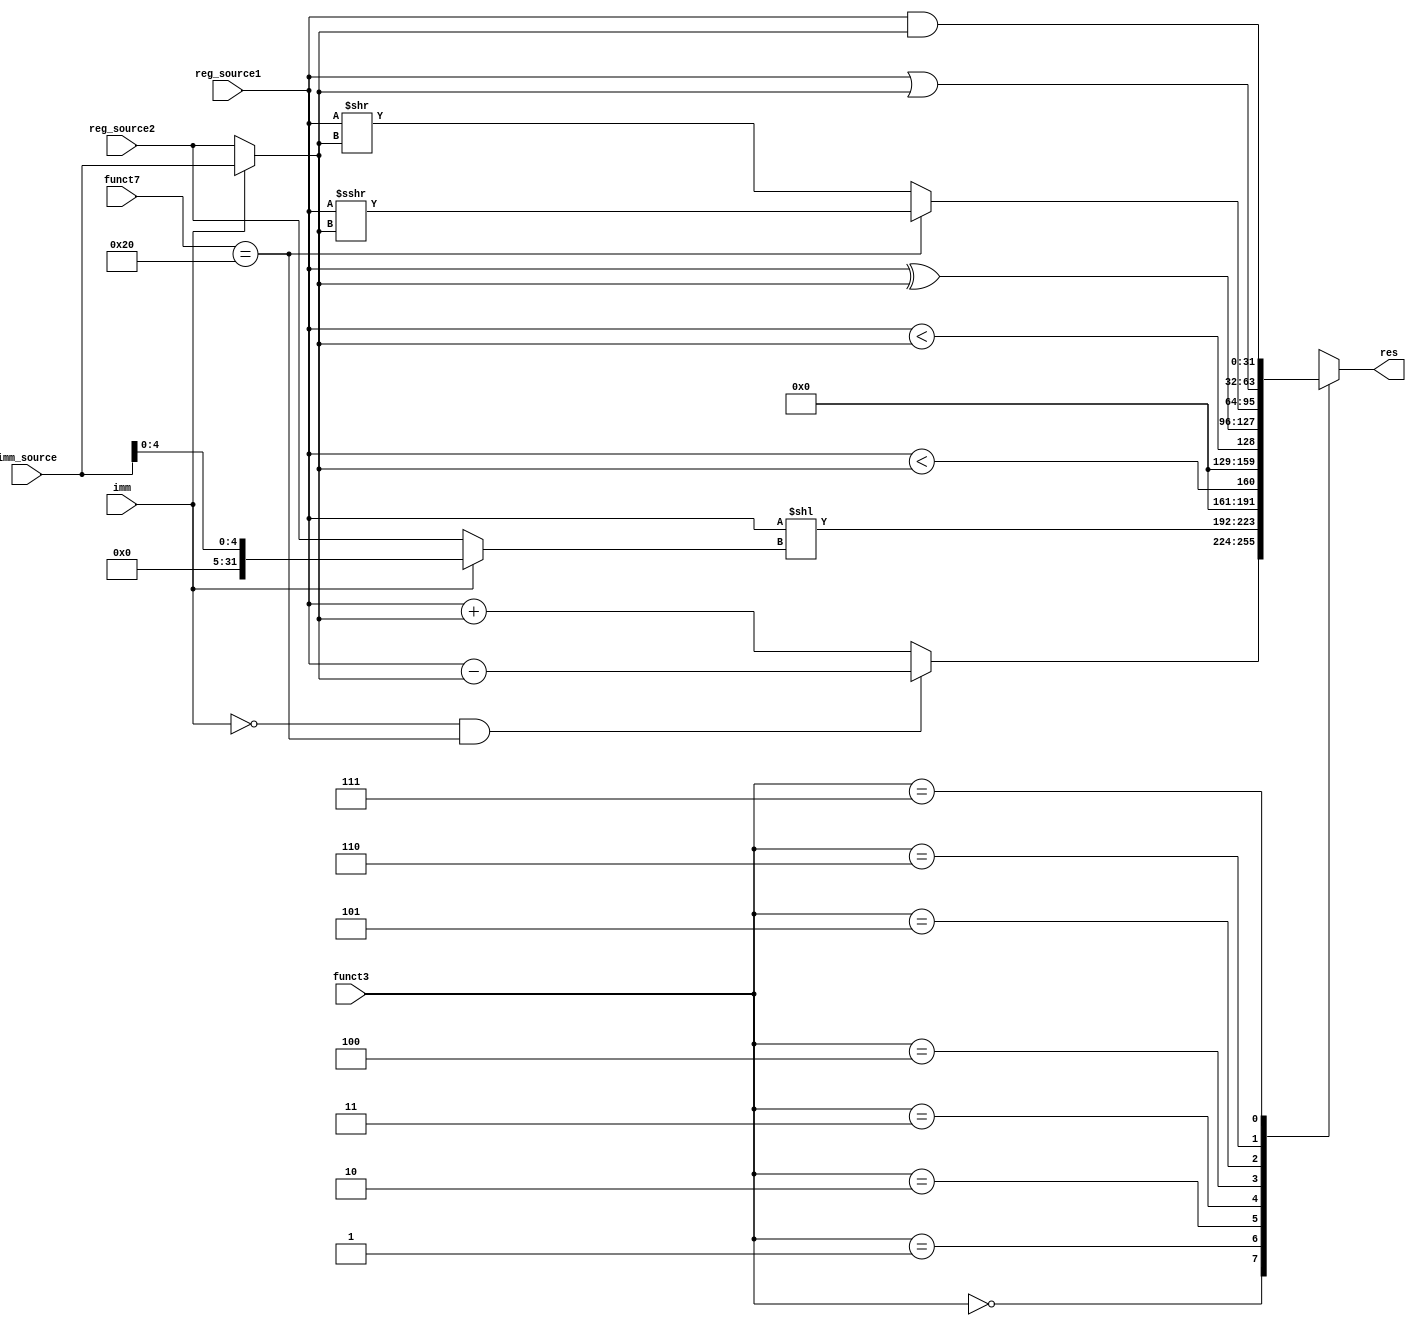
// This program was cloned from: https://github.com/RustamSubkhankulov/verilog-labs
// License: MIT License

module alu(
    
    /* Two register source operands */
    input wire [31:0]reg_source1,
    input wire [31:0]reg_source2,

    /* Immidiate source operand */
    input wire [31:0]imm_source,

    /* ALU immediate source operand flag */
    input wire imm,

    /* Operation opcode funct3 */
    input wire [2:0]funct3,

    /* Operation opcode funct7 */
    input wire [6:0]funct7,

    /* Result */
    output reg [31:0]res
);

reg signed [31:0]source1_signed = 0;
reg [31:0]source1  = 0;

reg signed [31:0]source2_signed = 0;
reg [31:0]source2  = 0;

initial res = 0;

always @(*) begin    
    
    source1_signed = reg_source1;
    source1        = reg_source1;

    source2_signed = (imm)? imm_source : reg_source2;
    source2        = (imm)? imm_source : reg_source2;

    case(funct3)
        3'b000: res = (!imm && funct7 == 32'h20)? source1 - source2 : source1 + source2;
        3'b001: res = reg_source1 << ((imm)? imm_source[4:0] : reg_source2);
        3'b010: res = (source1_signed < source2_signed);
        3'b011: res = (source1 < source2);
        3'b100: res = source1 ^ source2;
        3'b101: res = (funct7 == 32'h20)? (source1 >>> source2) : (source1 >> source2);
        3'b110: res = source1 | source2;
        3'b111: res = source1 & source2;
    endcase

end

endmodule